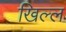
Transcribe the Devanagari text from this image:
खिल्ल